Vaccine operations Central Provinces 1868-1885 - 1868-1885
Year: 1868
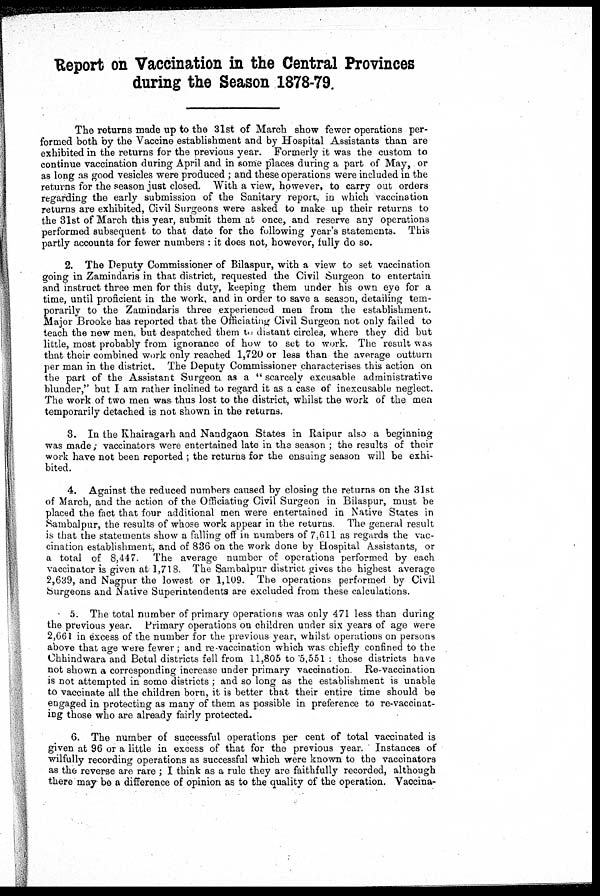
Report on Vaccination in the Central Provinces
during the Season 1878-79.
The returns made up to the 31st of March show fewer operations per-
formed both by the Vaccine establishment and by Hospital Assistants than are
exhibited in the returns for the previous year. Formerly it was the custom to
continue vaccination during April and in some places during a part of May, or
as long as good vesicles were produced ; and these operations were included in the
returns for the season just closed. With a view, however, to carry out orders
regarding the early submission of the Sanitary report, in which vaccination
returns are exhibited, Civil Surgeons were asked to make up their returns to
the 31st of March this year, submit them at once, and reserve any operations
performed subsequent to that date for the following year's statements. This
partly accounts for fewer numbers : it does not, however, fully do so.
2. The Deputy Commissioner of Bilaspur, with a view to set vaccination
going in Zamindaris in that district, requested the Civil Surgeon to entertain
and instruct three men for this duty, keeping them under his own eye for a
time, until proficient in the work, and in order to save a season, detailing tem-
porarily to the Zamindaris three experienced men from the establishment.
Major Brooke has reported that the Officiating Civil Surgeon not only failed to
teach the new men, but despatched them to distant circles, where they did but
little, most probably from ignorance of how to set to work. The result was
that their combined work only reached 1,720 or less than the average outturn
per man in the district. The Deputy Commissioner characterises this action on
the part of the Assistant Surgeon as a " scarcely excusable administrative
blunder," but I am rather inclined to regard it as a case of inexcusable neglect.
The work of two men was thus lost to the district, whilst the work of the men
temporarily detached is not shown in the returns.
3. In the Khairagarh and Nandgaon States in Raipur also a beginning
was made ; vaccinators were entertained late in the season ; the results of their
work have not been reported ; the returns for the ensuing season will be exhi-
bited.
4. Against the reduced numbers caused by closing the returns on the 31st
of March, and the action of the Officiating Civil Surgeon in Bilaspur, must be
placed the fact that four additional men were entertained in Native States in
Sambalpur, the results of whose work appear in the returns. The general result
is that the statements show a falling off in numbers of 7,611 as regards the vac-
cination establishment, and of 836 on the work done by Hospital Assistants, or
a total of 8,447. The average number of operations performed by each
vaccinator is given at 1,718. The Sambalpur district gives the highest average
2,639, and Nagpur the lowest or 1,109. The operations performed by Civil
Surgeons and Native Superintendents are excluded from these calculations.
5. The total number of primary operations was only 471 less than during
the previous year. Primary operations on children under six years of age were
2,661 in excess of the number for the previous year, whilst operations on persons
above that age were fewer; and re-vaccination which was chiefly confined to the
Chhindwara and Betul districts fell from 11,805 to 5,551 : those districts have
not shown a corresponding increase under primary vaccination Re-vaccination
is not attempted in some districts ; and so long as the establishment is unable
to vaccinate all the children born, it is better that their entire time should be
engaged in protecting as many of them as possible in preference to re-vaccinat¬
ing those who are already fairly protected.
6. The number of successful operations per cent of total vaccinated is
given at 96 or a little in excess of that for the previous year. Instances of
wilfully recording operations as successful which were known to the vaccinators
as the reverse are rare ; I think as a rule they are faithfully recorded, although
there may be a difference of opinion as to the quality of the operation. Vaccina-